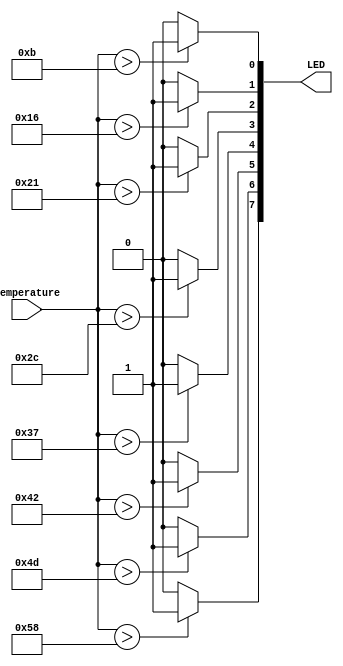
module led_display (
	input [7:0] temperature,
	output wire [7:0] LED
);

reg [7:0] state;

initial begin
	state = 8'd0;
end

always @(*) begin
	state <= 8'd0;
	if (temperature > 11) state[0] <= 1'd1;
	if (temperature > 22) state[1] <= 1'd1;
	if (temperature > 33) state[2] <= 1'd1;
	if (temperature > 44) state[3] <= 1'd1;	
	if (temperature > 55) state[4] <= 1'd1;	
	if (temperature > 66) state[5] <= 1'd1;
	if (temperature > 77) state[6] <= 1'd1;
	if (temperature > 88) state[7] <= 1'd1;
end

assign LED = state;

endmodule